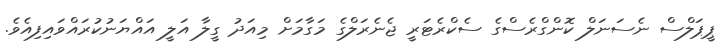
ޕީޕަލްސް ނެސަނަލް ކޮންގްރެސްގެ ސެކްރެޓަރީ ޖެނެރަލްގެ މަގާމަށް މިއަދު ގީލާ އަލީ އައްޔަނުކުރައްވައިފިއެވެ.